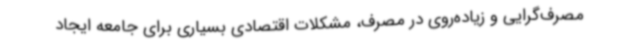
مصرف‌گرایی و زیاده‌روی در مصرف، مشکلات اقتصادی بسیاری برای جامعه ایجاد